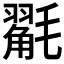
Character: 𭯩